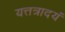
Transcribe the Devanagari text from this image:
यत्तत्रादयं